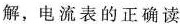
解，电流表的正确读。